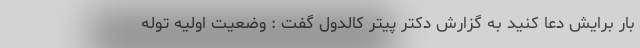
بار برایش دعا کنید به گزارش دکتر پیتر کالدوِل گفت : وضعیت اولیه توله